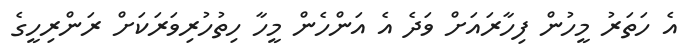
އެ ހަތަރު މީހުން ފިހާރައަށް ވަދެ އެ އަންހެން މީހާ ހިތުހުރިވަރަކަށް ރަންރިހީގެ